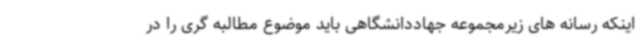
اینکه رسانه های زیرمجموعه جهاددانشگاهی باید موضوع مطالبه گری را در